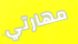
مهارتي